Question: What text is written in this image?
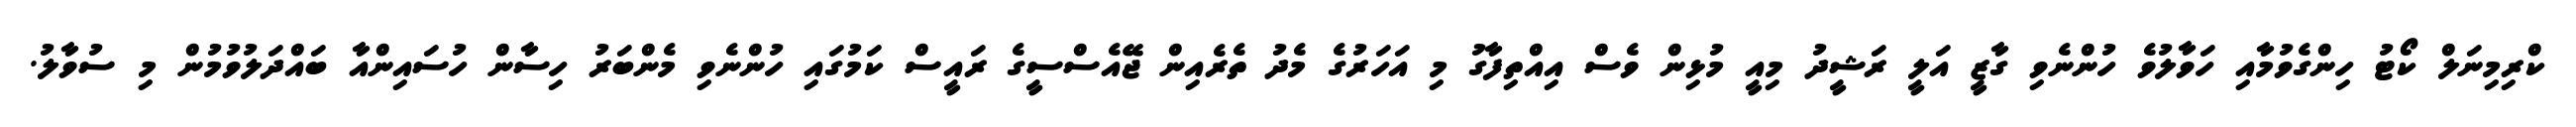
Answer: ކްރިމިނަލް ކޯޓު ހިންގެވުމާއި ހަވާލުވެ ހުންނެވި ގާޒީ އަލީ ރަޝީދު މިއީ މުޅިން ވެސް އިއްތިފާގު މި އަހަރުގެ މެދު ތެރެއިން ޖޭއެސްސީގެ ރައީސް ކަމުގައި ހުންނެވި މެންބަރު ހިސާން ހުސައިންއާ ބައްދަލުވުމުން މި ސުވާލު.